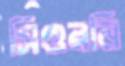
সিগুরনি